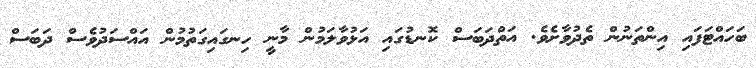
ބަހައްޓަފައި އިންތަނުން ތެދުވާށެވެ. އަތްދަބަސް ކޮނޑުގައި އަޅުވާލަމުން މާނީ ހިނގައިގަތުމުން އައްސަދުވެސް ދަބަސް